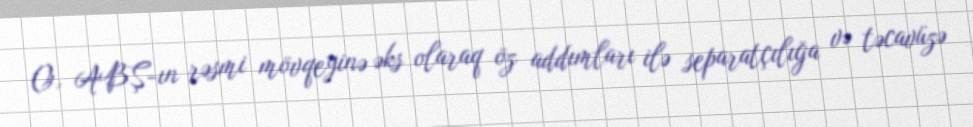
O, ABŞ-ın rəsmi mövqeyinə əks olaraq öz addımları ilə separatçılığa və təcavüzə